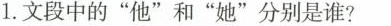
1.文段中的”他”和”她”分别是谁?